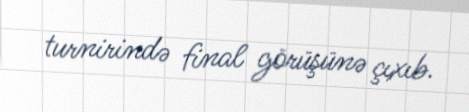
turnirində final görüşünə çıxıb.